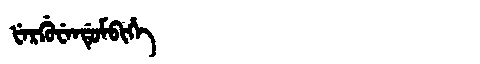
Manchu: ᡶᡝᡵᡤᡠᠸᡝᠨᡩᡠᠮᠪᡳᡥᡝ
Romanization: FERGUWENDUMBIHE